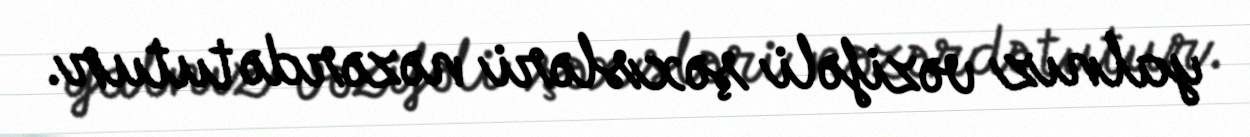
yalnız vəzifəli şəxsləri nəzərdə tutur.